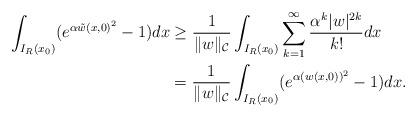
LaTeX: \begin{align*}\int_{I_R(x_0)} (e^{\alpha {{\tilde{w}(x,0)}}^2} -1)dx & \ge \frac{1}{\| w\|_{\mathcal{C}}} \int_{I_R(x_0)} \sum_{k=1}^{\infty} \frac{\alpha^k |w|^{2k}}{k!} dx \\&= \frac{1}{\|w\|_{\mathcal{C}}} \int_{I_R(x_0)} (e^{\alpha (w(x,0))^2} -1) dx.\end{align*}